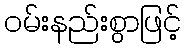
ဝမ်းနည်းစွာဖြင့်